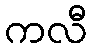
ကလီ